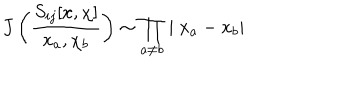
LaTeX: J \left( \frac { S _ { i j } [ x , \chi ] } { x _ { a } , \chi _ { b } } \right) \sim \prod _ { a \neq b } \mid x _ { a } - x _ { b } \mid